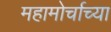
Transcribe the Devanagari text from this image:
महामोर्चाच्या